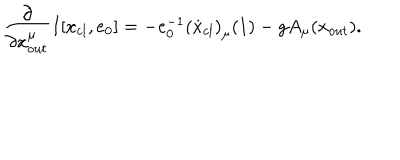
\frac { \partial } { \partial { x } _ { o u t } ^ { \mu } } I [ x _ { c l } , e _ { 0 } ] = - e _ { 0 } ^ { - 1 } \left( \dot { x } _ { c l } \right) _ { \mu } ( 1 ) - g A _ { \mu } ( x _ { o u t } ) .